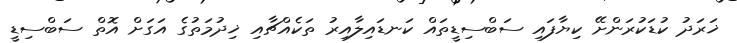
ޚަރަދު ކުޑަކުރަންށޭ ކިޔާފައި ސަބްސިޑީތައް ކަނޑައިލާއިރު ތަކެއްޗާއި ޚިދުމަތުގެ އަގަށް އޮތް ސަބްސިޑީ